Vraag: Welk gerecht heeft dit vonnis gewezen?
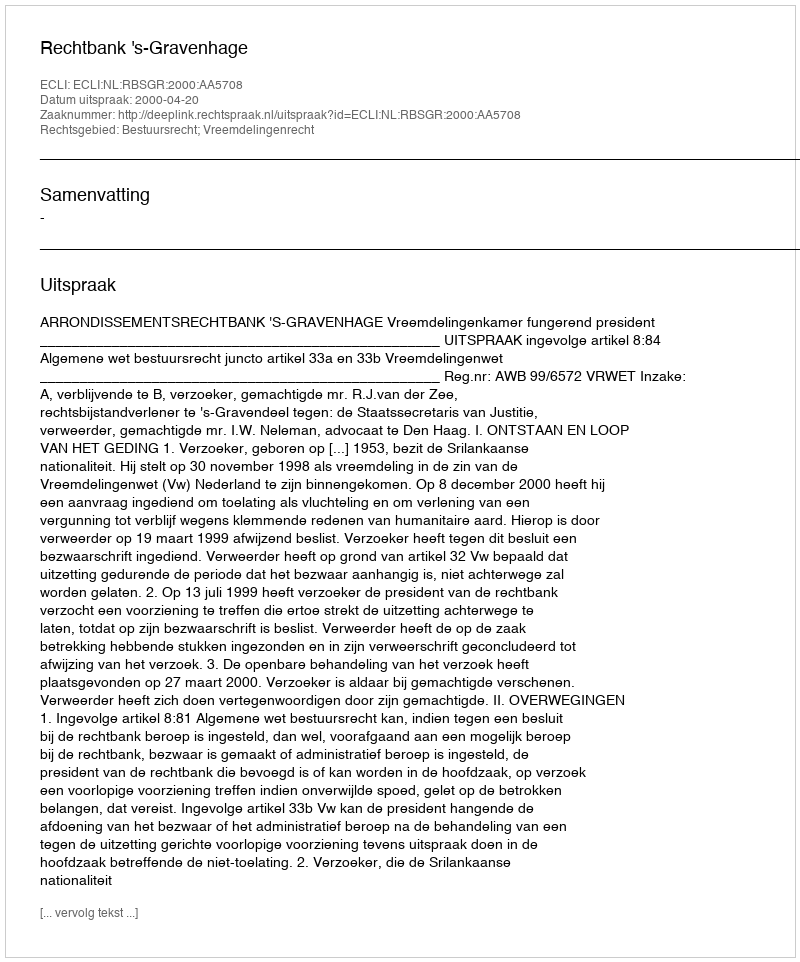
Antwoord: Rechtbank 's-Gravenhage